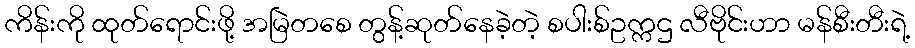
ကိန်းကို ထုတ်ရောင်းဖို့ အမြဲတစေ တွန့်ဆုတ်နေခဲ့တဲ့ စပါးစ်ဥက္ကဌ လီဗိုင်းဟာ မန်စီးတီးရဲ့